Elephants and their diseases
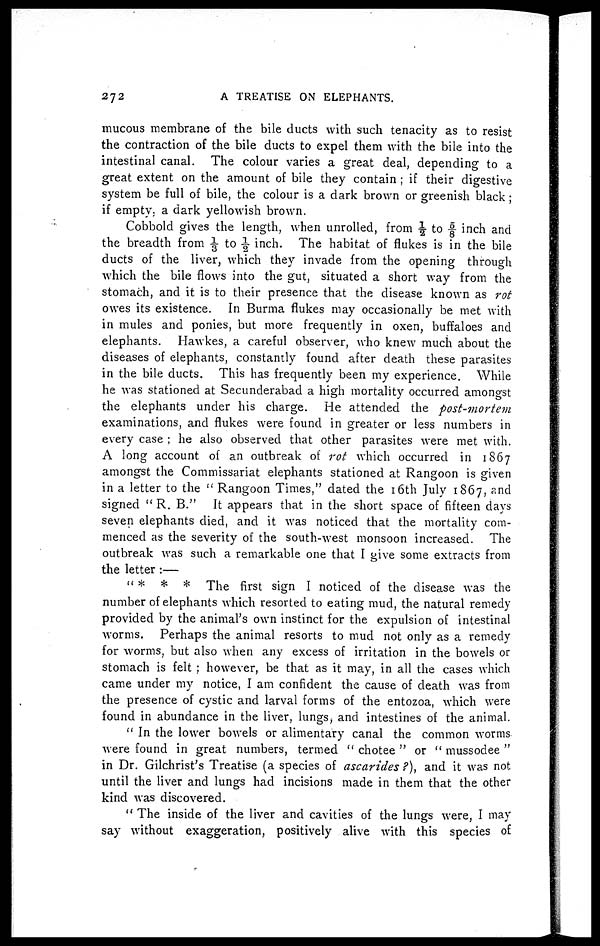
272
A TREATISE ON ELEPHANTS.
mucous membrane of the bile ducts with such tenacity as to resist
the contraction of the bile ducts to expel them with the bile into the
intestinal canal. The colour varies a great deal, depending to a
great extent on the amount of bile they contain ; if their digestive
system be full of bile, the colour is a dark brown or greenish black ;
if empty. a dark yellowish brown.
Cobbold gives the length, when unrolled, from ½ to ⅝ inch and
the breadth from ⅓ to ½ inch. The habitat of flukes is in the bile
ducts of the liver, which they invade from the opening through
which the bile flows into the gut, situated a short way from the
stomach, and it is to their presence that the disease known as rot
owes its existence. In Burma flukes may occasionally be met with
in mules and ponies, but more frequently in oxen, buffaloes and
elephants. Hawkes, a careful observer, who knew much about the
diseases of elephants, constantly found after death these parasites
in the bile ducts. This has frequently been my experience. While
he was stationed at Secunderabad a high mortality occurred amongst
the elephants under his charge. He attended the post-mortem
examinations, and flukes were found in greater or less numbers in
every case ; he also observed that other parasites were met with.
A long account of an outbreak of rot which occurred in 1867
amongst the Commissariat elephants stationed at Rangoon is given
in a letter to the " Rangoon Times," dated the 16th July 1867, and
signed " R. B." It appears that in the short space of fifteen days
seven elephants died, and it was noticed that the mortality com-
menced as the severity of the south-west monsoon increased. The
outbreak was such a remarkable one that I give some extracts from
the letter :—
" * * * The first sign I noticed of the disease was the
number of elephants which resorted to eating mud, the natural remedy
provided by the animal's own instinct for the expulsion of intestinal
worms. Perhaps the animal resorts to mud not only as a remedy
for worms, but also when any excess of irritation in the bowels or
stomach is felt ; however, be that as it may, in all the cases which
came under my notice, I am confident the cause of death was from
the presence of cystic and larval forms of the entozoa, which were
found in abundance in the liver, lungs, and intestines of the animal.
" In the lower bowels or alimentary canal the common worms
were found in great numbers, termed " chotee " or " mussodee "
in Dr. Gilchrist's Treatise (a species of ascarides ?), and it was not
until the liver and lungs had incisions made in them that the other
kind was discovered.
" The inside of the liver and cavities of the lungs were, I may
say without exaggeration, positively alive with this species of